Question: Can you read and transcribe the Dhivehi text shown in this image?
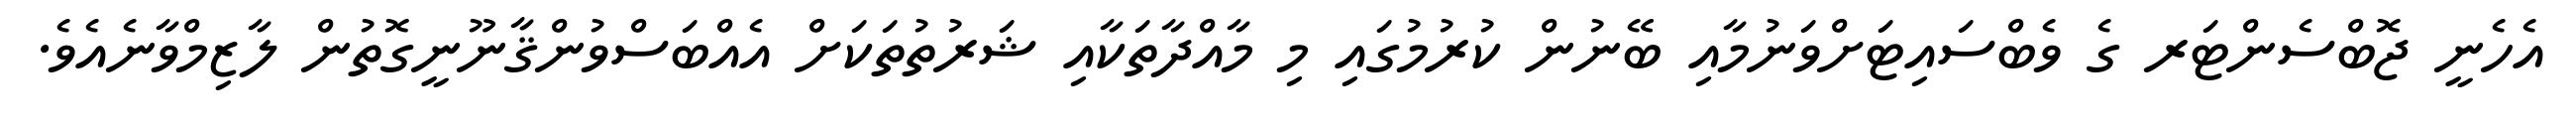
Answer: އެހެނީ ޖޮބްސެންޓަރ ގެ ވެބްސައިޓަށްވަނުމާއި ބޭނުން ކުރުމުގައި މި މާއްދާތަކާއި ޝަރުތުތަކަށް އެއްބަސްވުންޤާނޫނީގޮތުން ލާޒިމްވާނެއެވެ.